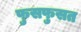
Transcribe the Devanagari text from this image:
फुसफुसत